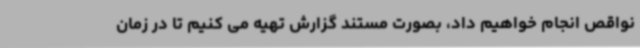
نواقص انجام خواهیم داد، بصورت مستند گزارش تهیه می کنیم تا در زمان